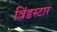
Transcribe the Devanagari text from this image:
विंडस्टार